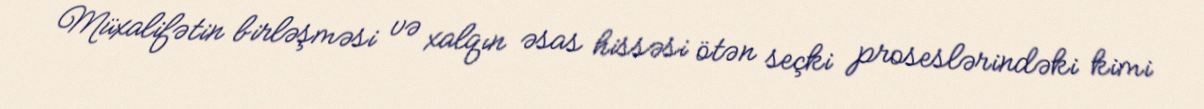
Müxalifətin birləşməsi və xalqın əsas hissəsi ötən seçki proseslərindəki kimi